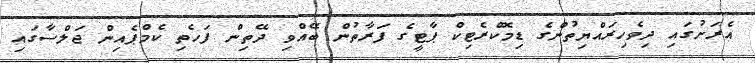
އެރަށުގައި ދިވެހިރައްޔިތުންގެ ޑިމޮކްރެޓިކް ޕާޓީގެ ފަރާތުން ބޭއްވި ދޭތިން ފަހެތި ކެމްޕެއިން ޖަލްސާގައި